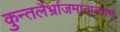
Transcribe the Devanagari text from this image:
कुन्तलैर्भ्राजमानाननम्